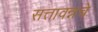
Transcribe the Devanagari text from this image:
सत्तावन्नचे